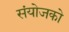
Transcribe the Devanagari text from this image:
संयोजको